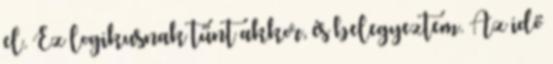
el. Ez logikusnak tűnt akkor, és belegyeztem. Az idő